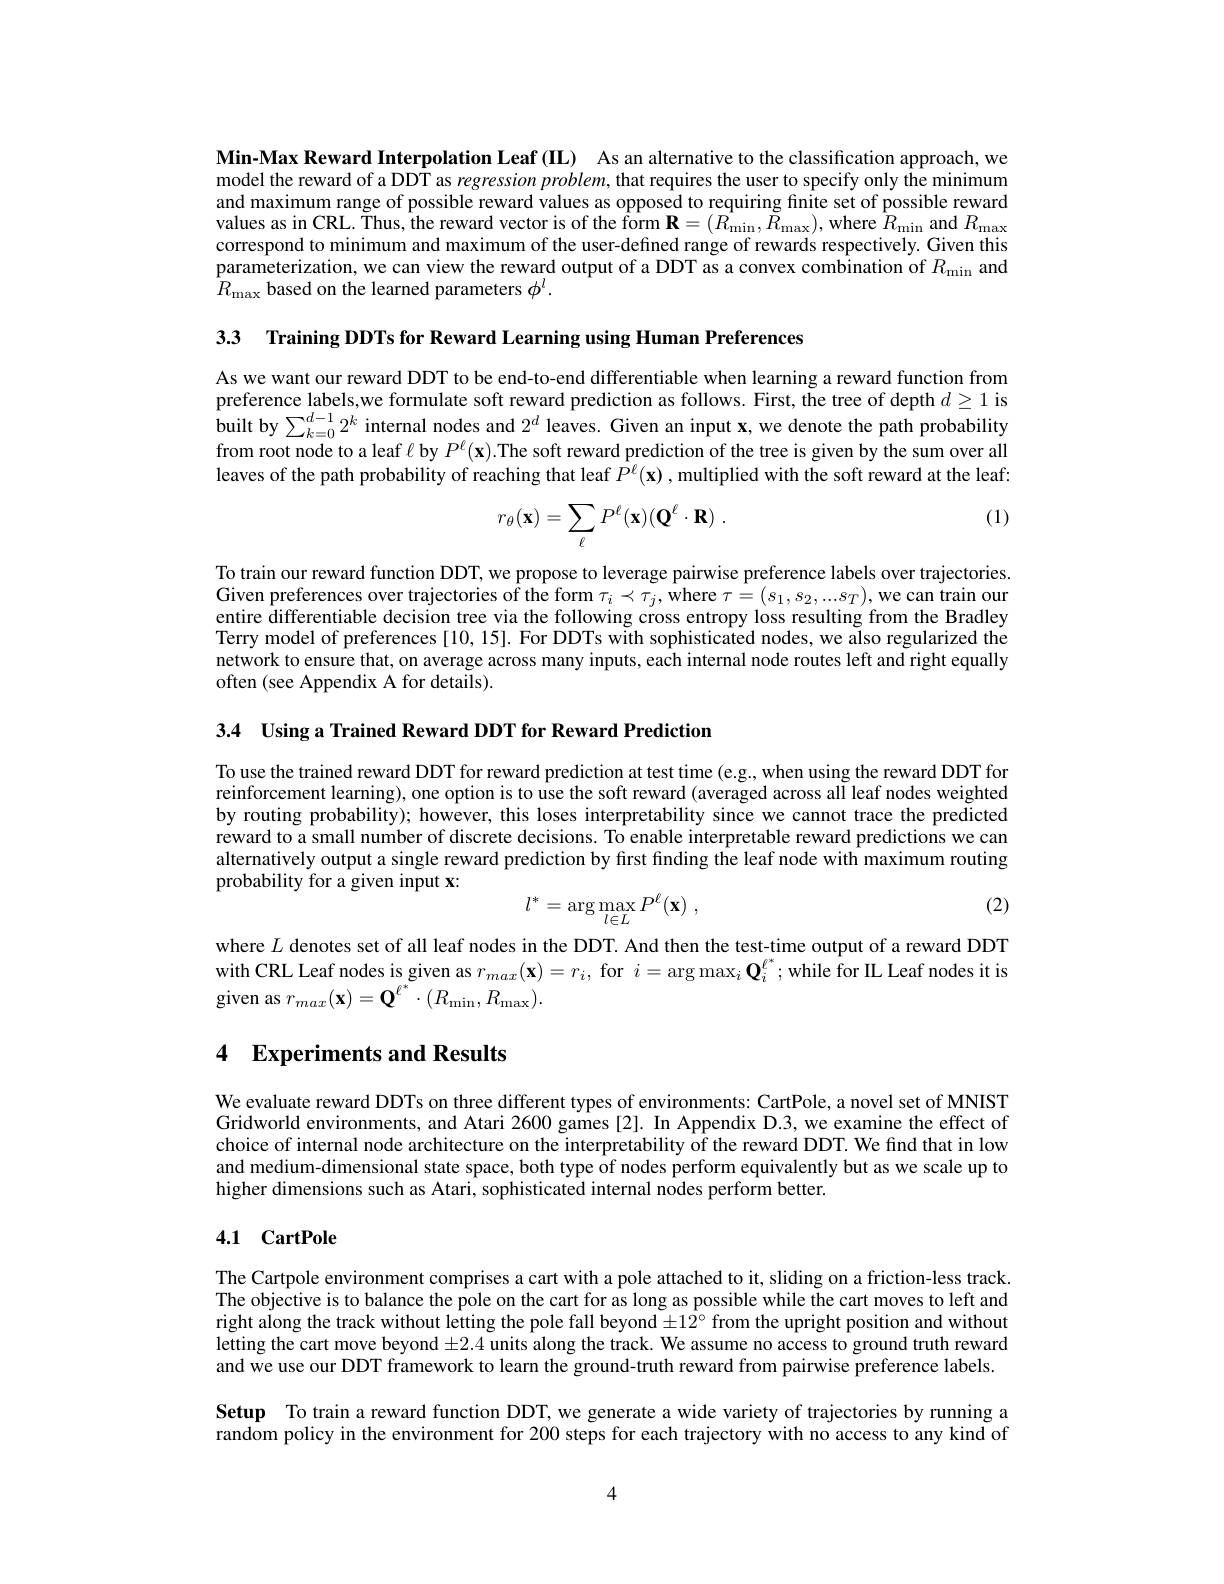
Min-Max Reward Interpolation Leaf (IL) As an alternative to the classification approach, we model the reward of a DDT as regression problem, that requires the user to specify only the minimum and maximum range of possible reward values as opposed to requiring finite set of possible reward values as in CRL. Thus, the reward vector is of the form $\mathbf{R} = ( \vec{R_{\mathrm{min}}} , \tilde{R_{\mathrm{max}}} ) $,where $\hat{R}_{\mathrm{min}}$ and $R_{\mathrm{max}}$ correspond to minimum and maximum of the user-defined range of rewards respectively. Given this parameterization, we can view the reward output of a DDT as a convex combination of $R_{\mathrm{min}}$ and $\bar{R}_{\mathrm{max}}$ based on the learned parameters $\phi^l.$

3.3 Training DDTs for Reward Learning using Human Preferences

As we want our reward DDT to be end-to-end differentiable when learning a reward function from preference labels,we formulate soft reward prediction as follows. First, the tree of depth $d\geq1$ is built by $\sum _{k= 0}^{d- 1}2^k$ internal nodes and $2^d$ leaves. Given an input $\mathbf{x} $,we denote the path probability from root node to a leaf $\ell$ by $P^\ell(\mathbf{x}).$The soft reward prediction of the tree is given by the sum over all leaves of the path probability of reaching that leaf $\bar{P}^\ell(\mathbf{x})$ ,multiplied with the soft reward at the leaf:

(1)
$$r_\theta(\mathbf{x})=\sum_\ell P^\ell(\mathbf{x})(\mathbf{Q}^\ell\cdot\mathbf{R})\:.$$
To train our reward function DDT, we propose to leverage pairwise preference labels over trajectories. Given preferences over trajectories of the form $\tau_i\prec\tau_j$,where $\tau=(s_1,s_2,...s_T)$, we can train our entire differentiable decision tree via the following cross entropy loss resulting from the Bradley Terry model of preferences [10, 15]. For DDTs with sophisticated nodes, we also regularized the network to ensure that, on average across many inputs, each internal node routes left and right equally often (see Appendix A for details).

3.4 Using a Trained Reward DDT for Reward Prediction

To use the trained reward DDT for reward prediction at test time (e.g., when using the reward DDT for reinforcement learning), one option is to use the soft reward (averaged across all leaf nodes weighted by routing probability); however, this loses interpretability since we cannot trace the predicted reward to a small number of discrete decisions. To enable interpretable reward predictions we can alternatively output a single reward prediction by first finding the leaf node with maximum routing probability for a given input x:
$$l^*=\arg\max_{l\in L}P^\ell(\mathbf{x})\:,$$
(2)

where $L$ denotes set of all leaf nodes in the DDT. And then the test-time output of a reward DDT with CRL Leaf nodes is given as $r_max(\mathbf{x})=r_i$, for $i=\arg\max_i\mathbf{Q}_i^{\ell^*};$while for IL Leaf nodes it is given as $r_{max}( \mathbf{x} ) = \mathbf{Q} ^{\ell ^* }\cdot ( R_{\mathrm{min}}, R_{\mathrm{max}}) .$

# 4 Experiments and Results

We evaluate reward DDTs on three different types of environments: CartPole, a novel set of MNIST Gridworld environments, and Atari 2600 games[2]. In Appendix D.3, we examine the effect of choice of internal node architecture on the interpretability of the reward DDT. We find that in low and medium-dimensional state space, both type of nodes perform equivalently but as we scale up to higher dimensions such as Atari, sophisticated internal nodes perform better.

## 4.1 CartPole

The Cartpole environment comprises a cart with a pole attached to it, sliding on a friction-less track. The objective is to balance the pole on the cart for as long as possible while the cart moves to left and right along the track without letting the pole fall beyond $\pm12^\circ$ from the upright position and without letting the cart move beyond $\pm2.4$ units along the track. We assume no access to ground truth reward and we use our DDT framework to learn the ground-truth reward from pairwise preference labels. Setup To train a reward function DDT, we generate a wide variety of trajectories by running a random policy in the environment for 200 steps for each trajectory with no access to any kind of

4